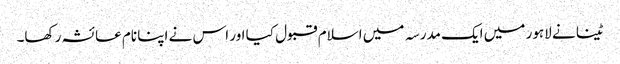
ٹینا نے لاہور میں ایک مدرسہ میں اسلام قبول کیا اور اس نے اپنا نام عائشہ رکھا۔